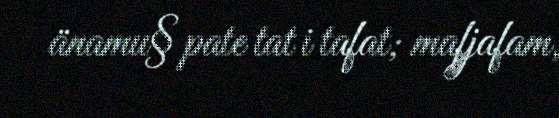
änamu§ pate tat i tafat; mafjafam,